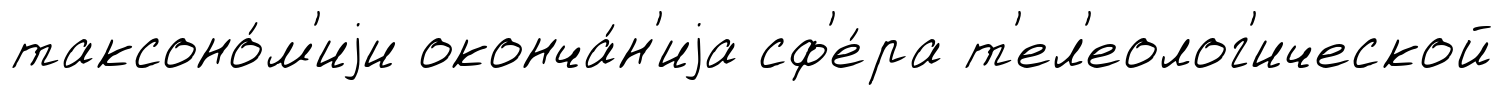
таксоно́м'иjи оконча́н'иjа сф'е́ра т'ел'еолог'ической